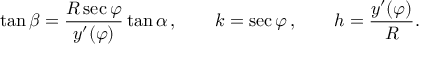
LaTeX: \tan \beta = { \frac { R \sec \varphi } { y ^ { \prime } ( \varphi ) } } \tan \alpha \, , \qquad k = \sec \varphi \, , \qquad h = { \frac { y ^ { \prime } ( \varphi ) } { R } } .